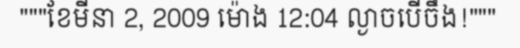
"""ខែមីនា 2, 2009 ម៉ោង 12:04 ល្ងាចបើចឹង!"""